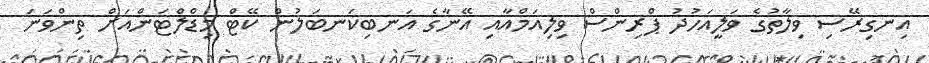
އިނގިރޭސި ވިލާތުގެ ވަލީއަހުދު ޕްރިންސް ވިލިއަމްއާއި އޭނާގެ އަނބިކަނބަލުން ކޭޓް މިޑްލްޓަންއަށް ތިންވަނަ